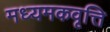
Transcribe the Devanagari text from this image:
मध्यमकवृत्ति